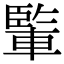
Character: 𨍒